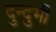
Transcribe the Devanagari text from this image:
दुन्दुभी